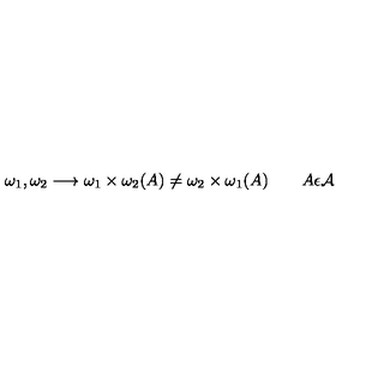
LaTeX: \omega _ { 1 } , \omega _ { 2 } \longrightarrow \omega _ { 1 } \times \omega _ { 2 } ( A ) \not = \omega _ { 2 } \times \omega _ { 1 } ( A ) \qquad A \epsilon { \cal A }